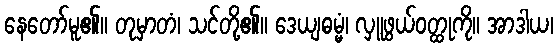
နေတော်မူ၏။ တုမှာတံ၊ သင်တို့၏။ ဒေယျဓမ္မံ၊ လှူဖွယ်ဝတ္ထုကို။ အာဒါယ၊